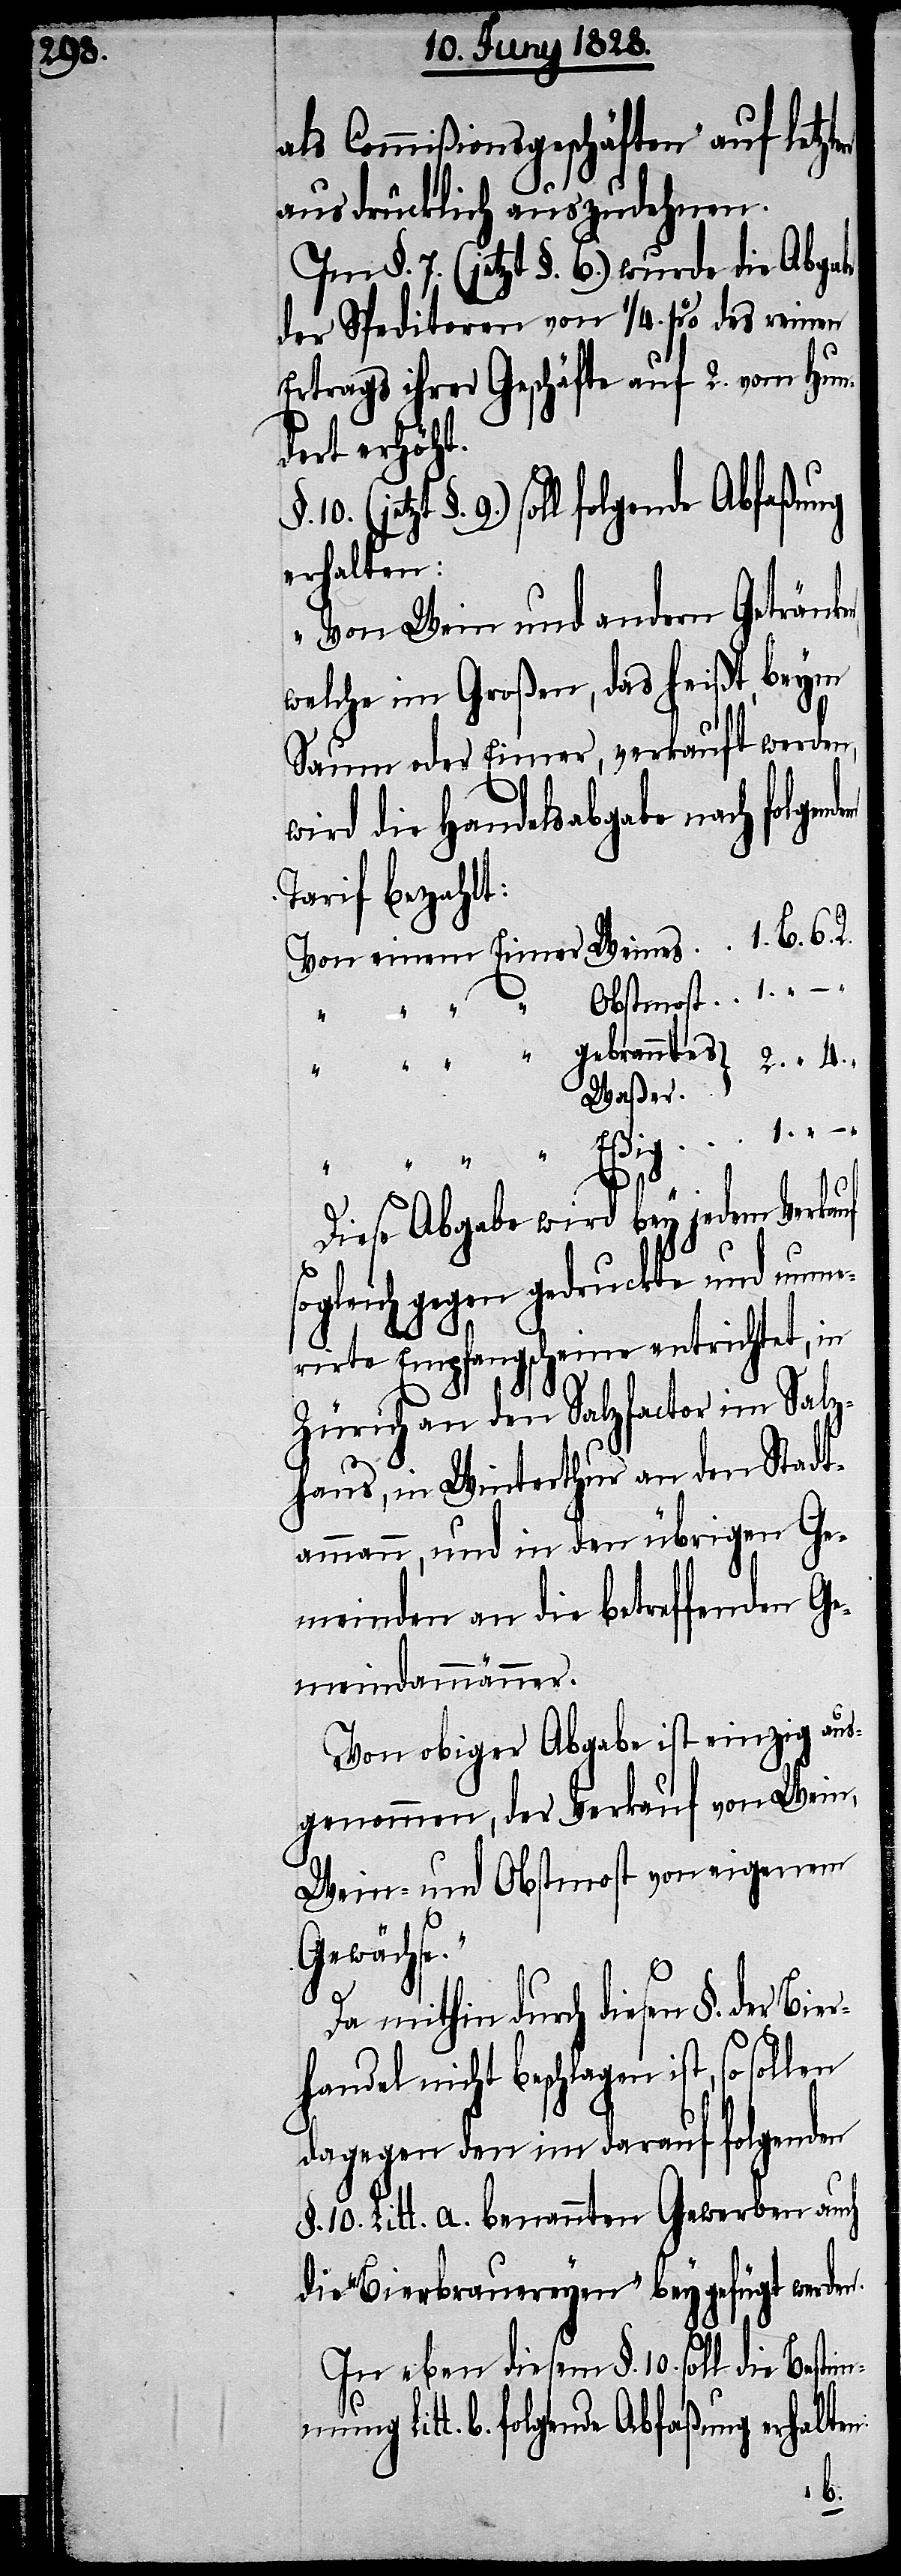
ndem

als Commißionsgeschäften“ auf letzten
ausdrücklich auszudehnen.
Im §. 7. (jetzt §. 6.) wurde die Abga¬
der Speditoren von 1/4. % des reinen
Ertrags ihrer Geschäfte auf 2. vom Hun¬
dert erhöht.
mung Litt. b. folgende Abfaßung
erhalten:
„Von Wein und andern Getränke¬
welche im Großen, das heißt beym
Saum oder Eimer, verkauft werden,
wird die Handelsabgabe nach folge¬
Tarij bezahlt:
4.
Waßer
“
Diese Abgabe wird bey jedem Verkauf
sogleich gegen gedruckte und nume¬
rirte Empfangscheine entrichtet, in
Zürich an den Salzfactor im Salz¬
haus, in Winterthur an den Stadt¬
ammann, und in den übrigen Ge¬
meinden an die betreffenden Ge¬
meindammänner.
Von obiger Abgabe ist einzig aus¬
genommen, der Verkauf von Wein,
Wein- und Obstmost von eigenem
e.“
Gewächs¬
Da mithin durch diesen §. der
erhandel nicht beschlagen ist,
dagegen den im darauf folgenden
10. Litt. a. benannten Gewerben auch
die „Bierbrauereyen“ beygefügt werden.
In eben diesem §. 10. soll die Bestim¬
Bi¬